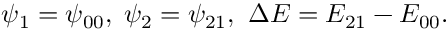
\psi _ { 1 } = \psi _ { 0 0 } , \; \psi _ { 2 } = \psi _ { 2 1 } , \, \, \Delta E = E _ { 2 1 } - E _ { 0 0 } .